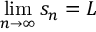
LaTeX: \operatorname* { l i m } _ { n \to \infty } s _ { n } = L